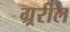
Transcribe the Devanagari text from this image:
ग्र्ररील